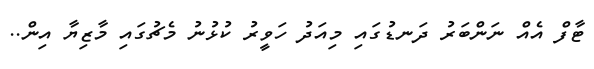
ޓާފް އެއް ނަންބަރު ދަނޑުގައި މިއަދު ހަވީރު ކުޅުނު މެޗުގައި މާޒިޔާ އިން..